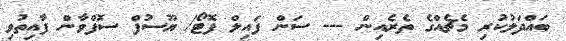
ބައްދަލުކުރި މެޗެއްގެ ތެރެއިން --- ސަން ފައިލް ފޮޓޯ/ ޔޫސުފް ސޮފްވާން ފާއިތުވި